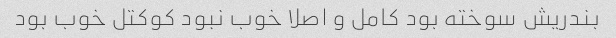
بندریش سوخته بود کامل و اصلا خوب نبود کوکتل خوب بود